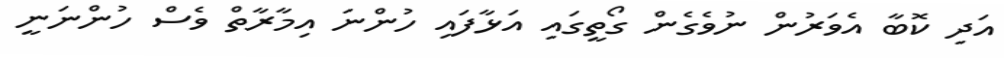
އަދި ކޮބާ އެވަރުން ނުވެގެން ގޯތީގައި އަޅާފައި ހުންނަ އިމާރާތް ވެސް ހުންނަނީ